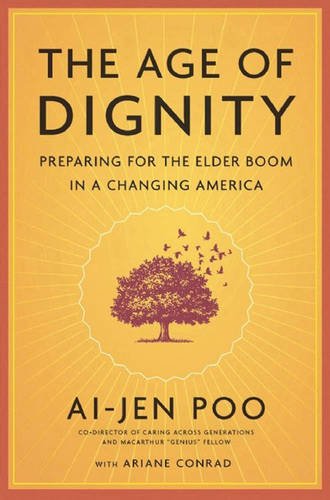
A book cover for The Age of Dignity: Preparing for the Elder Boom in a Changing America; Ai-jen Poo; Politics & Social Sciences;